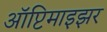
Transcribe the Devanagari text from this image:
ऑप्टिमाइझर